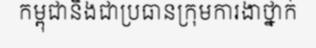
កម្ពុជានិងជាប្រធានក្រុមការងាថ្នាក់